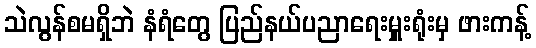
သဲလွန်စမရှိဘဲ နံရံတွေ ပြည်နယ်ပညာရေးမှူးရုံးမှ ဖားကန့်